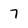
Character: 7